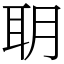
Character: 䎳